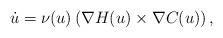
LaTeX: \begin{align*}\dot{u}=\nu(u)\left(\nabla H(u)\times \nabla C(u)\right),\end{align*}